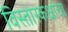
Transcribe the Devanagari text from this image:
विस्तारकक्षांचा